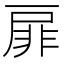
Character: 扉